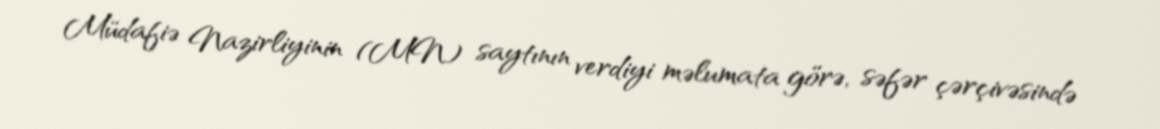
Müdafiə Nazirliyinin (MN) saytının verdiyi məlumata görə, səfər çərçivəsində